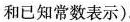
和已知常数表示)。(